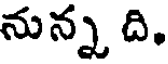
నున్న ది.